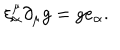
\xi _ { \alpha } ^ { \mu } \partial _ { \mu } g = g e _ { \alpha } .